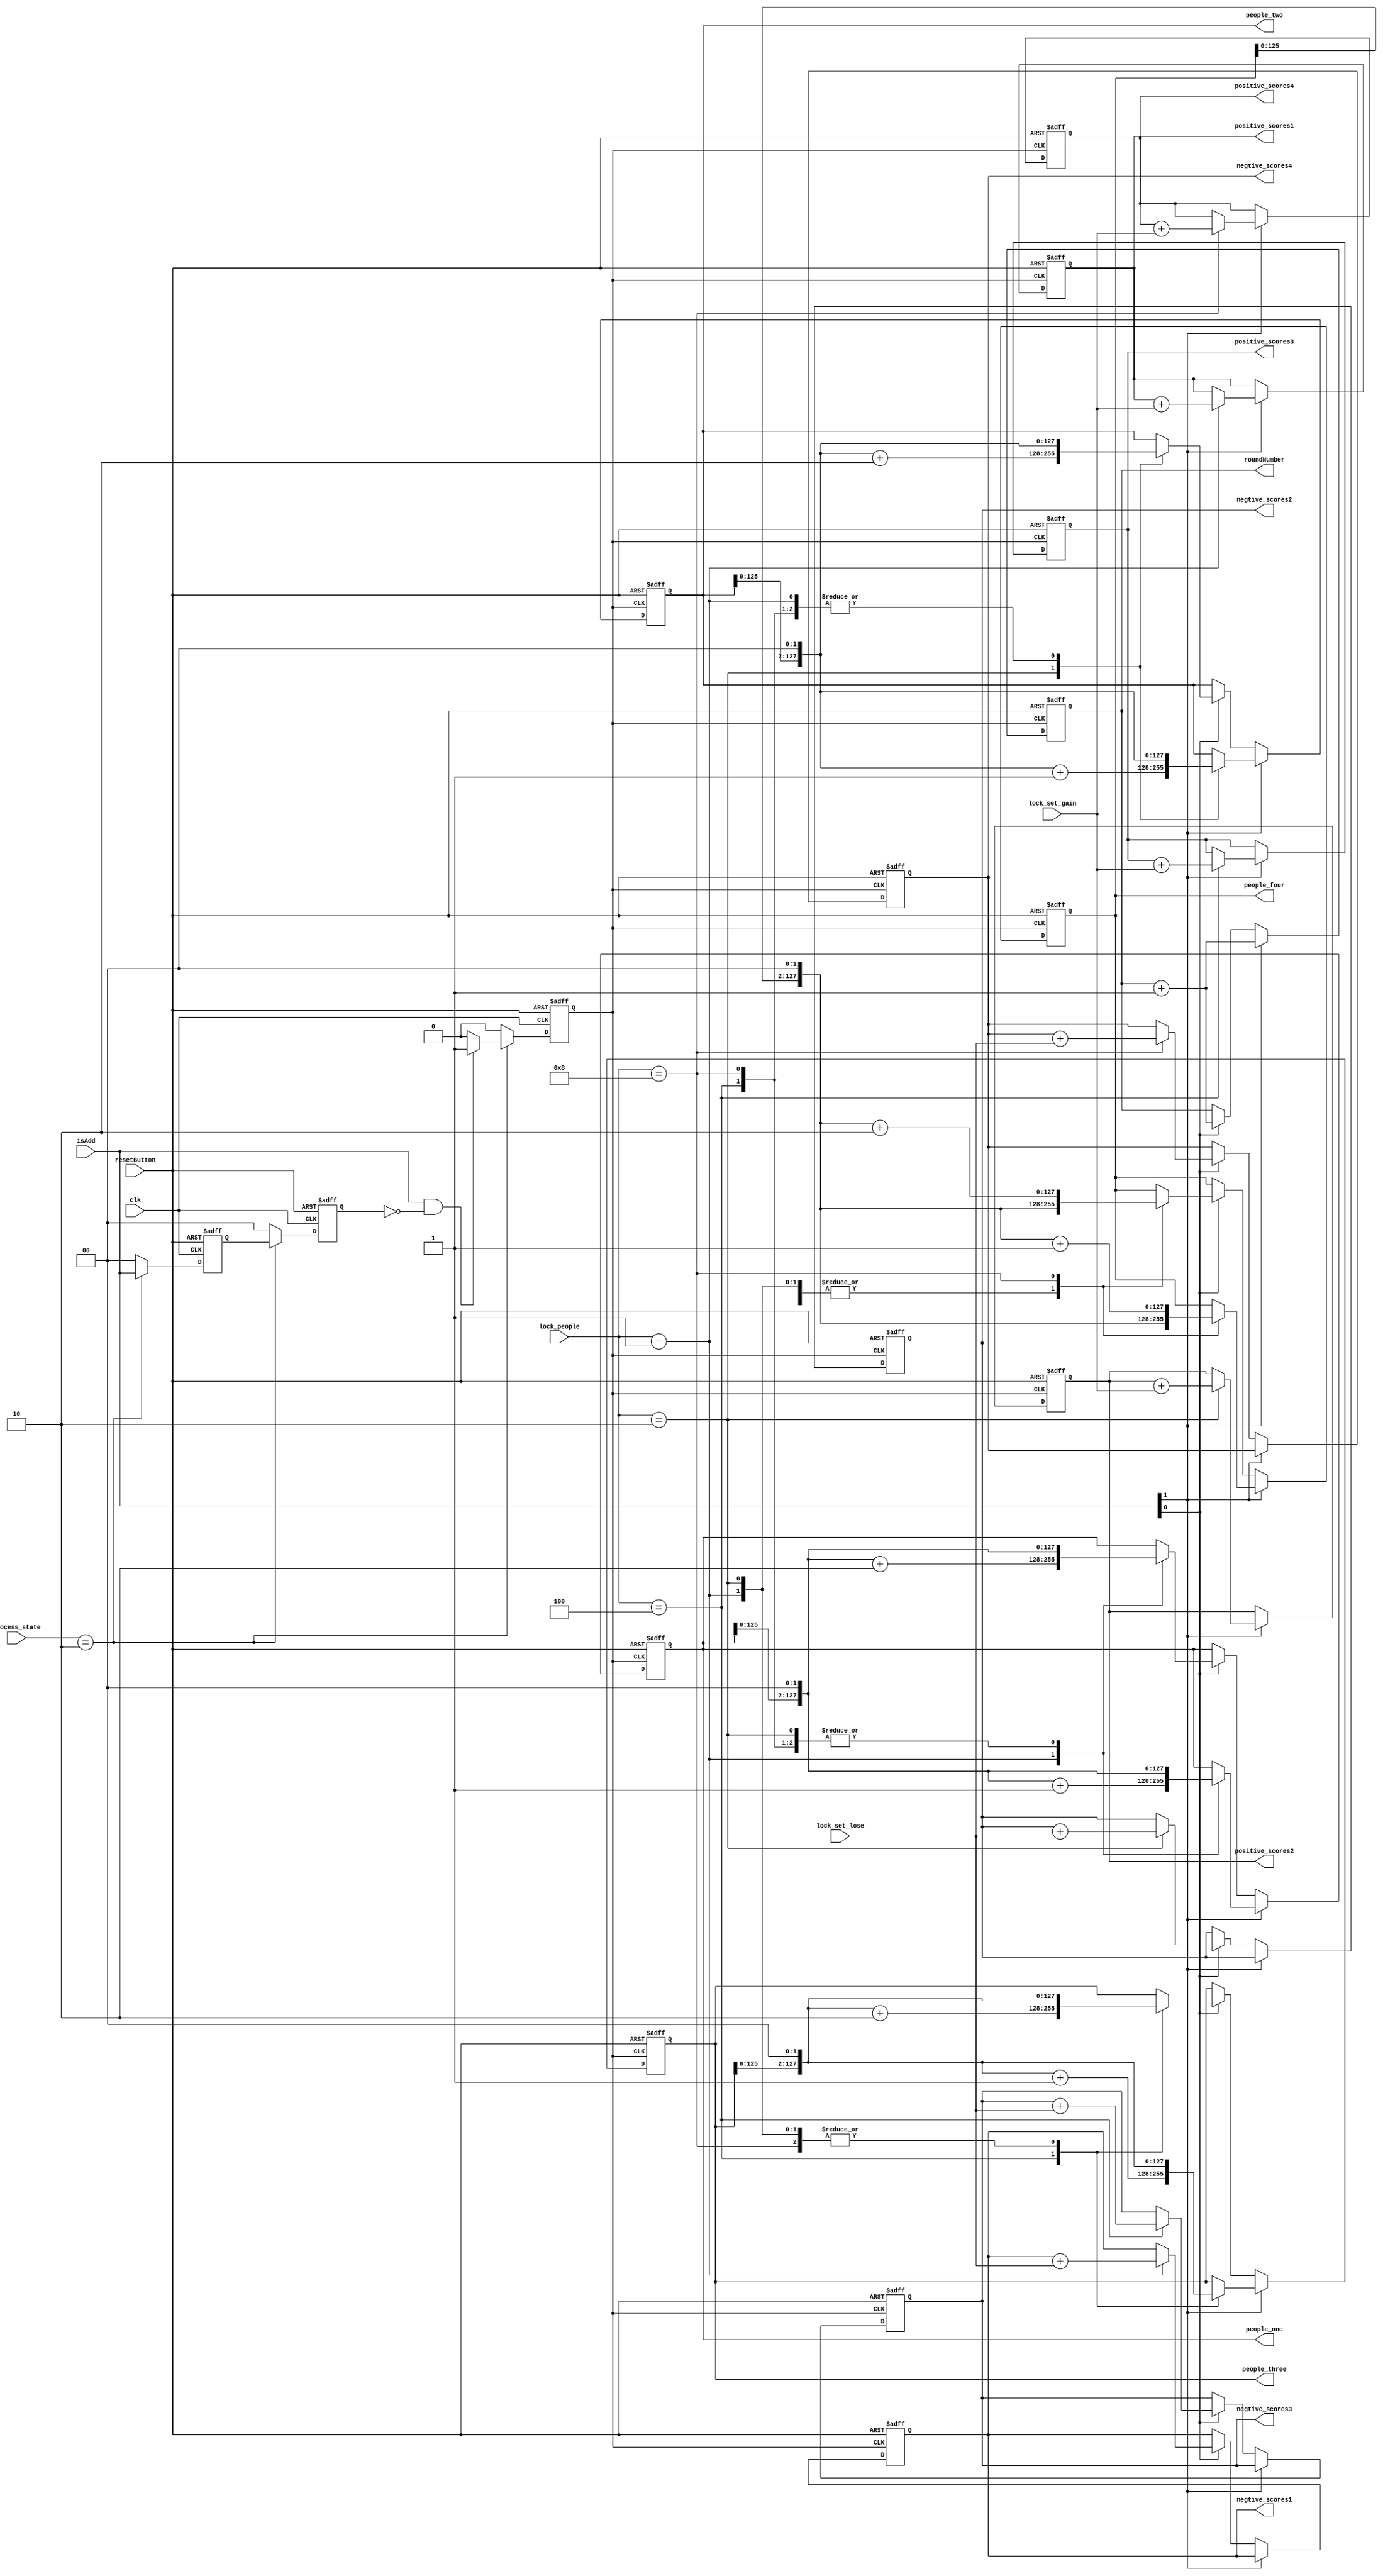
`timescale 1ns / 1ps
//////////////////////////////////////////////////////////////////////////////////
// Company: 
// Engineer: 
// 
// Design Name: 
// Module Name: Scores
// Project Name: 
// Target Devices: 
// Tool Versions: 
// Description: 
// 
// Dependencies: 
// 
// Revision:
// Revision 0.01 - File Created
// Additional Comments:
// 
//////////////////////////////////////////////////////////////////////////////////

//
module Scores(
    input clk,
    input resetButton,
    input[2:0] process_state,
    input[1:0] isAdd,
    input[3:0] lock_people,
    input[3:0] lock_set_gain,
    input[3:0] lock_set_lose,
    
    output reg[127:0]people_one,
    output reg[127:0]people_two,
    output reg[127:0]people_three,
    output reg[127:0]people_four,
    
    output reg[7:0]positive_scores1,
    output reg[7:0]negtive_scores1,
    output reg[7:0]positive_scores2,
    output reg[7:0]negtive_scores2,
    output reg[7:0]positive_scores3,
    output reg[7:0]negtive_scores3,
    output reg[7:0]positive_scores4,
    output reg[7:0]negtive_scores4,
    
    output reg[7:0] roundNumber
        );
        
          reg[1:0]delay_add1;
          reg[1:0]delay_add2;
          reg delayAdd;
          wire pos=delayAdd;
          
          //
          always@(posedge clk,negedge resetButton)
          begin
            if(!resetButton)begin
               delay_add1 <= 0;
               delay_add2 <= 0;
               delayAdd = 0;      
            end
            else if(process_state == 3'b010)
            begin
               delay_add1 <= isAdd;
               delay_add2 <= delay_add1;
               if((isAdd)&&(!delay_add2))delayAdd = 1;
               else delayAdd = 0;
            end
            else begin
               delay_add1 <= 0;
               delay_add2 <= 0;
               delayAdd = 0;
            end
         end
         
         
         //
         always@(posedge pos,negedge resetButton)
         begin 
         if(!resetButton)begin
             positive_scores1 <= 8'd0;
             positive_scores2 <= 8'd0;
             positive_scores3 <= 8'd0;
             positive_scores4 <= 8'd0;
             negtive_scores1 <= 8'd0;
             negtive_scores2 <= 8'd0;
             negtive_scores3 <= 8'd0;
             negtive_scores4 <= 8'd0;
             roundNumber<= 8'd0;
             people_one <= 128'd0;
             people_two <= 128'd0;
             people_three <= 128'd0;
             people_four <= 128'd0;
         end
         //
         else if(isAdd[1])begin
                roundNumber <= roundNumber + 1;
                case(lock_people)
                     4'b0001:begin 
                        positive_scores1 <=( positive_scores1 + { 4'b0000,lock_set_gain } );
                        people_one <= (people_one << 2) + 2'b01;
                        people_two <= people_two << 2;
                        people_three <= people_three << 2;
                        people_four <= people_four << 2;
                     end
                     4'b0010:begin 
                        positive_scores2 <= positive_scores2+{4'b0000,lock_set_gain};
                        people_one <= people_one << 2;
                        people_two <= (people_two << 2) + 2'b01;
                        people_three <= people_three << 2;
                        people_four <= people_four << 2;
                     end
                     4'b0100:begin 
                        positive_scores3 <= positive_scores3 + {4'b0000,lock_set_gain};
                        people_one <= people_one << 2;
                        people_two <= people_two << 2;
                        people_three <= (people_three << 2) + 2'b01;
                        people_four <= people_four << 2;
                     end
                     4'b1000:begin 
                        positive_scores4 <= positive_scores4+{4'b0000,lock_set_gain};
                        people_one <= people_one << 2;
                        people_two <= people_two << 2;
                        people_three <= people_three << 2;
                        people_four <= (people_four << 2) + 2'b01;
                     end
                endcase
             end
             //
             else if(isAdd[0])begin
                roundNumber <= roundNumber + 1;
                case(lock_people)
                     4'b0001:begin 
                        negtive_scores1 <= negtive_scores1 + {4'b0000,lock_set_lose};
                        people_one <= (people_one << 2) + 2'b10;
                        people_two <= people_two << 2;
                        people_three <= people_three << 2;
                        people_four <= people_four << 2;
                     end
                     4'b0010:begin 
                        negtive_scores2 <= negtive_scores2 + {4'b0000,lock_set_lose};
                        people_one <= people_one << 2;  
                        people_two <= (people_two << 2) + 2'b10;
                        people_three <= people_three << 2;
                        people_four <= people_four << 2;
                     end
                     4'b0100:begin 
                        negtive_scores3 <= negtive_scores3 + {4'b0000,lock_set_lose};
                        people_one <= people_one << 2;
                        people_two <= people_two << 2;
                        people_three <= (people_three << 2) + 2'b10;
                        people_four <= people_four << 2;
                     end
                     4'b1000:begin 
                        negtive_scores4 <= negtive_scores4 + {4'b0000,lock_set_lose};
                        people_one <= people_one << 2;
                        people_two <= people_two << 2;
                        people_three <= people_three << 2;
                        people_four <= (people_four << 2) + 2'b10;
                     end
                endcase
             end
         end
         
endmodule